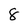
Character: 8